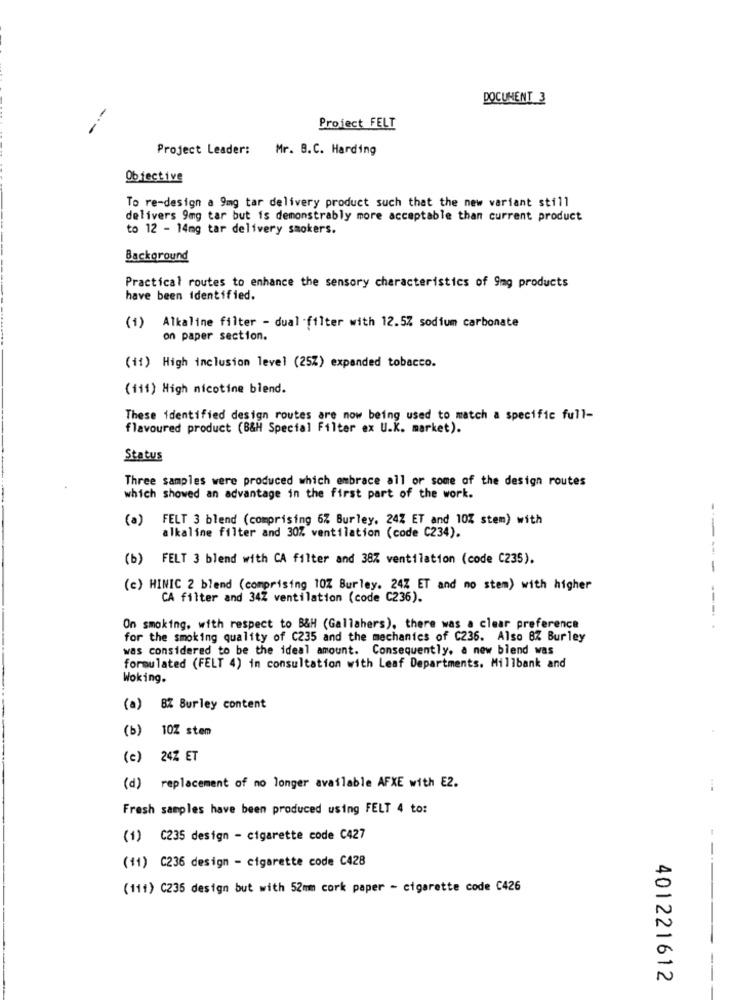
DOCUMENT 3
Project FELT
Project Leader: Mr. B.C. Harding
Objective
To re-design a 9mg tar delivery product such that the new variant still
delivers 9mg tar but is demonstrably more acceptable than current product
to 12 - 14mg tar delivery smokers.
Background
Practical routes to enhance the sensory characteristics of 9mg products
have been identified.
(1)
Alkaline filter - dual -filter with 12.5% sodium carbonate
on paper section.
(ii) High inclusion level (25%) expanded tobacco.
(iii) High nicotine blend.
These identified design routes are now being used to match a specific full-
flavoured product (B&H Special Filter ex U.K. market).
Status
Three samples were produced which embrace all or some of the design routes
which showed an advantage in the first part of the work.
(a)
FELT 3 blend (comprising 6% Burley, 24Z ET and 10% stem) with
---
alkaline filter and 30% ventilation (code C234).
(b) FELT 3 blend with CA filter and 38% ventilation (code C235).
-
(c) HINIC 2 blend (comprising 10% Burley. 24% ET and no stem) with higher
CA filter and 34Z ventilation (code C236).
On smoking, with respect to B&H (Gallahers), there was a clear preference
---..
for the smoking quality of C235 and the mechanics of C236. Also 8% Burley
was considered to be the ideal amount. Consequently, a new blend was
formulated (FELT 4) in consultation with Leaf Departments. Millbank and
Woking.
(a) BZ Burley content
(b) 10Z stem
(c) 24% ET
(d) replacement of no longer available AFXE with E2.
Fresh samples have been produced using FELT 4 to:
(1) C235 design - cigarette code C427
(11) C236 design - cigarette code C428
(111) C235 design but with 52mm cork paper - cigarette code C426
401221612